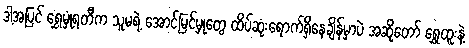
ဒါ့အပြင် ရွှေမှုံရတီက သူမရဲ့ အောင်မြင်မှုတွေ ထိပ်ဆုံးရောက်ရှိနေချိန်မှာပဲ အဆိုတော် ရွှေထူးနဲ့